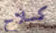
كسلاح